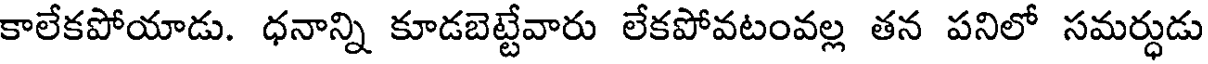
కాలేకపోయాడు. ధనాన్ని కూడబెట్టేవారు లేకపోవటంవల్ల తన పనిలో సమర్ధుడు